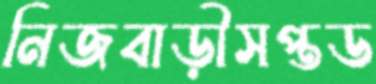
নিজবাড়ীসপ্তড